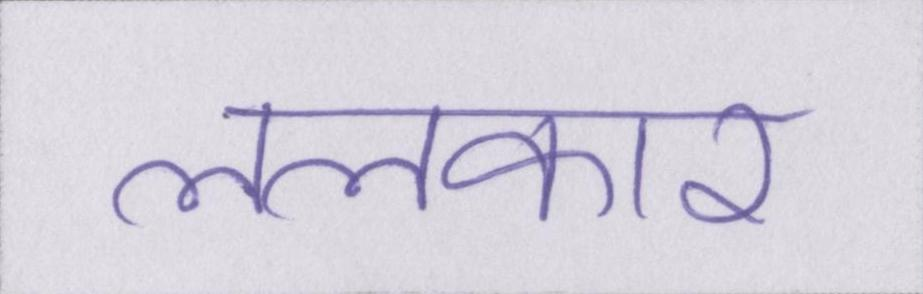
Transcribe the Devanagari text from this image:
ललकारा